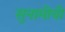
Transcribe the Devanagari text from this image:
सुनामीची